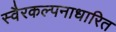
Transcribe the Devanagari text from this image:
स्वैरकल्पनाधारित